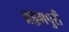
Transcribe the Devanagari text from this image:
ब्रहृमपुरी